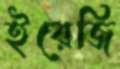
ইরেজি